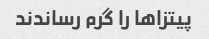
پیتزا‌ها را گرم رساندند